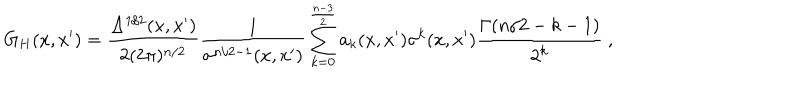
LaTeX: G _ { H } ( x , x ^ { \prime } ) = \frac { \Delta ^ { 1 / 2 } ( x , x ^ { \prime } ) } { 2 ( 2 \pi ) ^ { n / 2 } } \frac 1 { \sigma ^ { n / 2 - 1 } ( x , x ^ { \prime } ) } \sum _ { k = 0 } ^ { \frac { n - 3 } 2 } a _ { k } ( x , x ^ { \prime } ) \sigma ^ { k } ( x , x ^ { \prime } ) \frac { \Gamma ( n / 2 - k - 1 ) } { 2 ^ { k } } \ ,